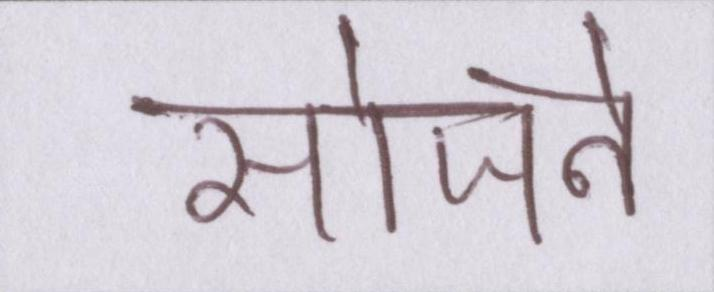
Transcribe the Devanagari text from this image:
सोजने